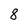
Character: 8